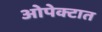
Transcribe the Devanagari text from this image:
ओपेक्टात